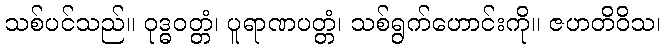
သစ်ပင်သည်။ ဝုဒ္ဓဝတ္တံ၊ ပူရာဏပတ္တံ၊ သစ်ရွက်ဟောင်းကို။ ဇဟတိဝိသ၊